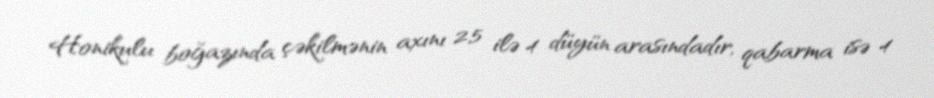
Honikulu boğazında çəkilmənin axını 2,5 ilə 4 düyün arasındadır, qabarma isə 4